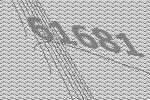
61681